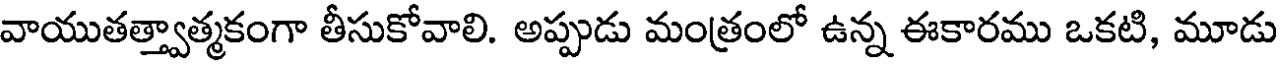
వాయుతత్త్వాత్మకంగా తీసుకోవాలి. అప్పుడు మంత్రంలో ఉన్న ఈకారము ఒకటి, మూడు